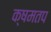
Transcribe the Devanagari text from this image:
क्षमतप